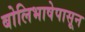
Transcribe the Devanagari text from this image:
बोलिभाषेपासून